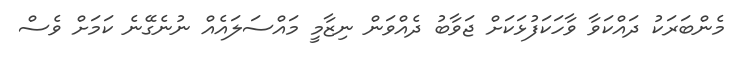
މެންބަރަކު ދައްކަވާ ވާހަކަފުޅަކަށް ޖަވާބު ދެއްވަން ނިޒާމީ މައްސަލައެއް ނުނެގޭނެ ކަމަށް ވެސް